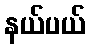
နယ်ပယ်